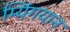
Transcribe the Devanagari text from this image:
म्यिंगयान